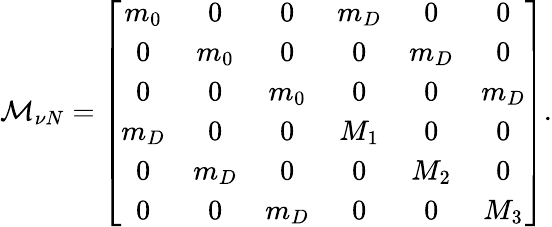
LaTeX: {\cal M}_{\nu N}=\left[\begin{array}{cccccc}{{m_{0}}}&{{0}}&{{0}}&{{m_{D}}}&{{0}}&{{0}}\\ {{0}}&{{m_{0}}}&{{0}}&{{0}}&{{m_{D}}}&{{0}}\\ {{0}}&{{0}}&{{m_{0}}}&{{0}}&{{0}}&{{m_{D}}}\\ {{m_{D}}}&{{0}}&{{0}}&{{M_{1}}}&{{0}}&{{0}}\\ {{0}}&{{m_{D}}}&{{0}}&{{0}}&{{M_{2}}}&{{0}}\\ {{0}}&{{0}}&{{m_{D}}}&{{0}}&{{0}}&{{M_{3}}}\end{array}\right].